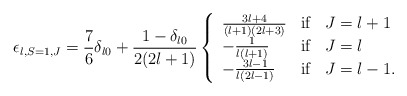
\begin{align*}\epsilon_{l,S=1,J}=\frac{7}{6}\delta_{l0}+\frac{1-\delta_{l0}}{2(2l+1)}\left\{\begin{array}{lcl}\frac{3l+4}{(l+1)(2l+3)}& \rm if & J=l+1\\-\frac{1}{l(l+1)}& \rm if & J=l\\-\frac{3l-1}{l(2l-1)}& \rm if & J=l-1.\\\end{array}\right.\end{align*}